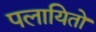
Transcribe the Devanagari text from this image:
पलायितो